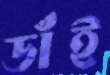
ডাঁই